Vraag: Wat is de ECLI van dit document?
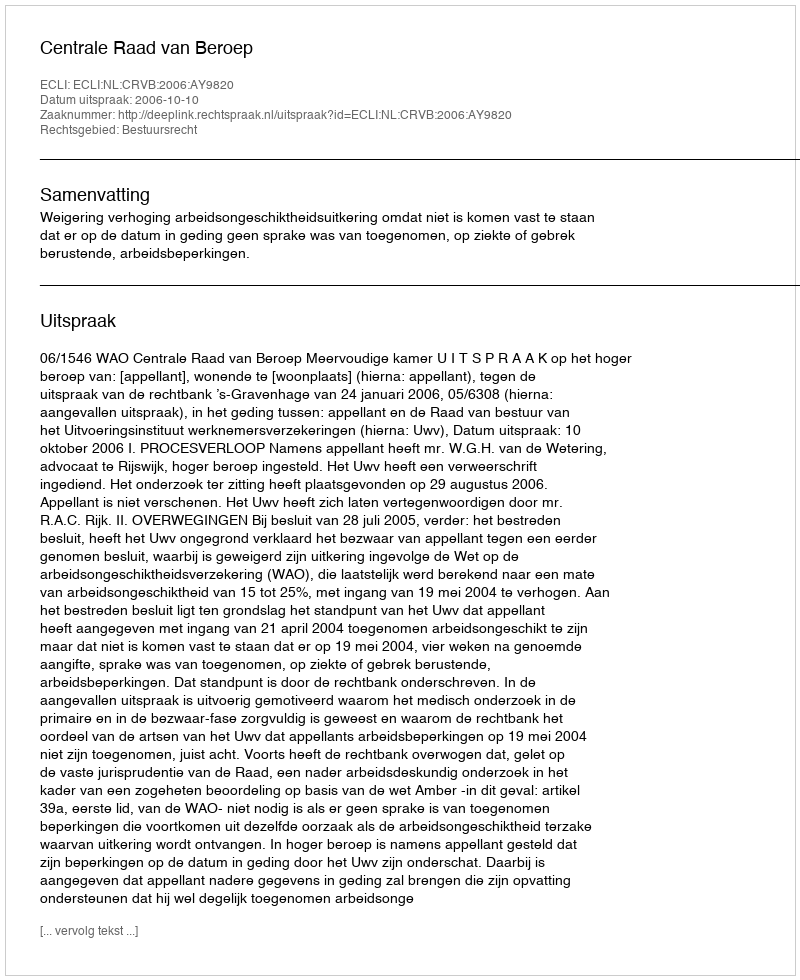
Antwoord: ECLI:NL:CRVB:2006:AY9820